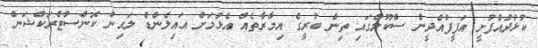
ކުޅުދުއްފުށީ އަފީފުއްދީން ސްކޫލްގައި ތިން ބުރީގެ އިމާރާތެއް އެޅުމަށް އައިލެންޑް ލައިން ކޮންސްޓްރަކްޝަން